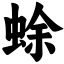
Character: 蜍